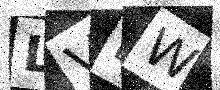
Text: LVEW